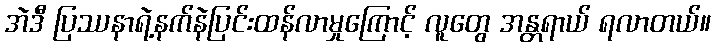
အဲဒီ ပြဿနာရဲ့နက်နဲပြင်းထန်လာမှုကြောင့် လူတွေ အန္တရာယ် ရလာတယ်။